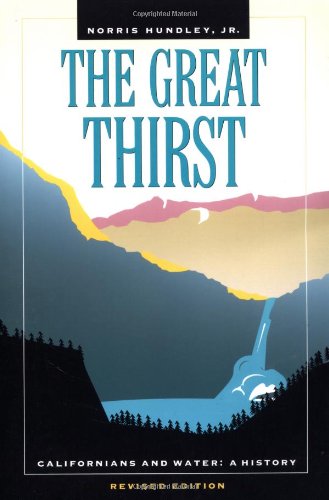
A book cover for The Great Thirst: Californians and Water-A History, Revised Edition; Norris Hundley Jr.; Science & Math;